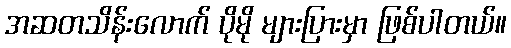
အဆတသိန်းလောက် ပိုမို များပြားမှာ ဖြစ်ပါတယ်။